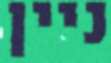
ניין